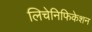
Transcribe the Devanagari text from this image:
लिचेनिफिकेशन